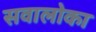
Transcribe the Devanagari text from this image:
सवालोका